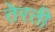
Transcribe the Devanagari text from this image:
तेरती